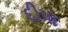
દીપા